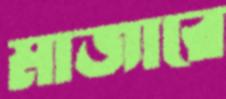
মাজারে